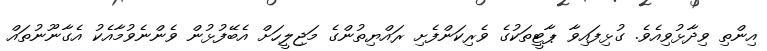
އިންތި ވިދާޅުވިއެވެ. ގުޅިފައިވާ ޕާޓީތަކުގެ ވެރިކަންފެށި ރައްޔިތުންގެ މަޖިލީހަށް އެބޭފުޅުން ވެންނެވުމާއެކު އެގާނޫނުތައް